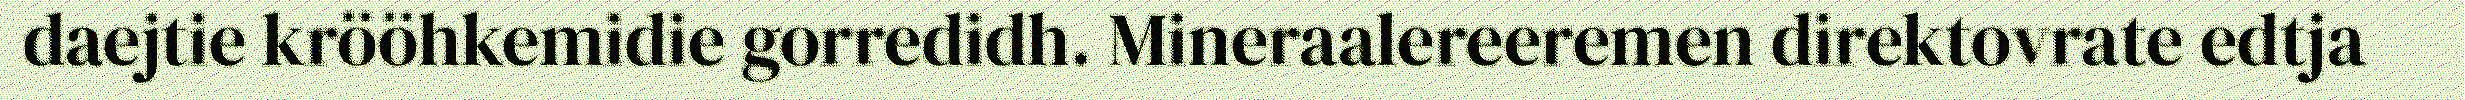
daejtie krööhkemidie gorredidh. Mineraalereeremen direktovrate edtja